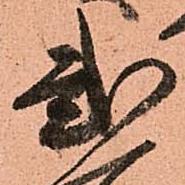
弐